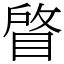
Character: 䁈